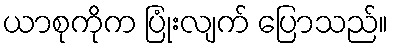
ယာစုကိုက ပြုံးလျက် ပြောသည်။